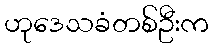
ဟုဒေသခံတစ်ဦးက